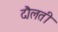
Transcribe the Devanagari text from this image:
दौलती